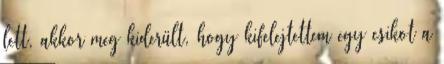
lett, akkor meg kiderült, hogy kifelejtettem egy csikot a